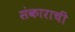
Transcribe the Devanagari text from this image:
संकाराची